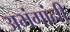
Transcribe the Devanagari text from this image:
अभंगांनी